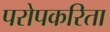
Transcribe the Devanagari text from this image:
परोपकरिता